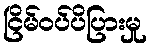
ငြိမ်ဝပ်ပိပြားမှု